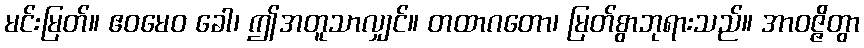
မင်းမြတ်။ ဧဝမေဝ ခေါ၊ ဤအတူသာလျှင်။ တထာဂတော၊ မြတ်စွာဘုရားသည်။ အာဝဇ္ဇိတွာ